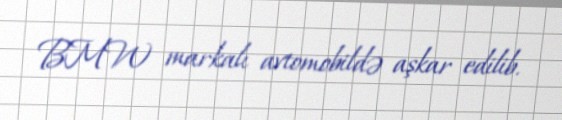
BMW markalı avtomobildə aşkar edilib.